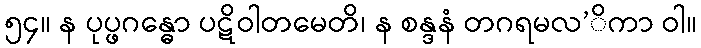
၅၄။ န ပုပ္ဖဂန္ဓော ပဋိဝါတမေတိ၊ န စန္ဒနံ တဂရမလ’ိကာ ဝါ။